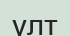
үлт